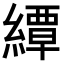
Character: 𦅰